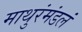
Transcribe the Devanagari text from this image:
माथुरंमंडलं